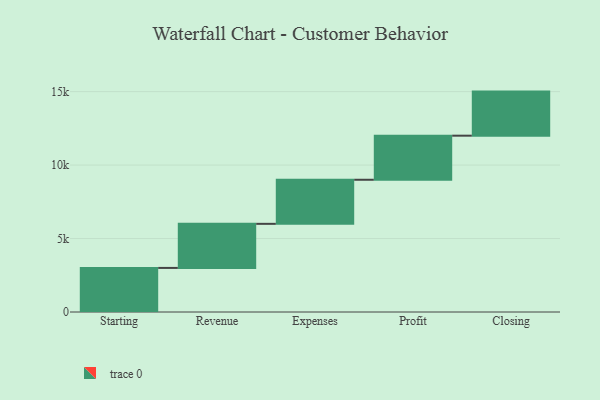
{"axis": {"x": "Step", "y": "Value"}, "legend": [""], "data": [{"x": "Starting", "y": 3000, "type": ""}, {"x": "Revenue", "y": 3000, "type": ""}, {"x": "Expenses", "y": 3000, "type": ""}, {"x": "Profit", "y": 3000, "type": ""}, {"x": "Closing", "y": 3000, "type": ""}]}